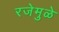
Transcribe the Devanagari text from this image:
रजेमुळे